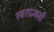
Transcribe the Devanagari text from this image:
स्वराज्यनी